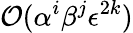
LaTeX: \mathcal{O}(\alpha^{i}\beta^{j}\epsilon^{2k})